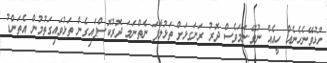
ހުޅުވޭނެހެނެއް ހީއެއް ނުވޭ.ނަމަވެސް ދޮރު ރަނަގޅަށް ތަޅުލާފަ ނެތްނަމަ ދޮރުކޮސްޕައިގެން ތަޅުވައިގަތުމުން އެތަންޑު